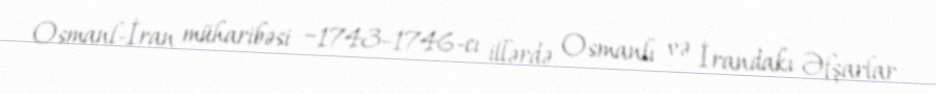
Osmanl-İran müharibəsi −1743–1746-cı illərdə Osmanlı və İrandakı Əfşarlar